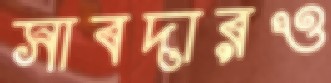
সাবদারও